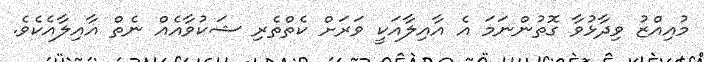
މުއިއްޒު ވިދާޅުވާ ގޮތުންނަމަ އެ އާއިލާއަކީ ވަރަށް ކެތްތެރި ޝަކުވާއެއް ނެތް އާއިލާއެކެވެ.